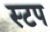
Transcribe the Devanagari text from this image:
स्टप